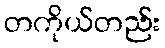
တကိုယ်တည်း